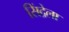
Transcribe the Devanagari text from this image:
सिंद्रेला